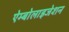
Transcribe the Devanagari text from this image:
ऐम्बोलाइजेशन